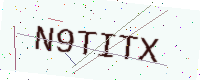
Text: N9TITX